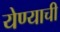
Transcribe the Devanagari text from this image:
येण्‍याची